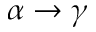
\alpha \rightarrow \gamma